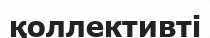
қоллективті